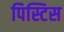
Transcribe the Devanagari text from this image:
पिस्टिस